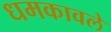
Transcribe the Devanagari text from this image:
धमकावले